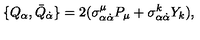
\{ Q _ { \alpha } , \bar { Q } _ { \dot { \alpha } } \} = 2 ( \sigma _ { \alpha \dot { \alpha } } ^ { \mu } P _ { \mu } + \sigma _ { \alpha \dot { \alpha } } ^ { k } Y _ { k } ) ,